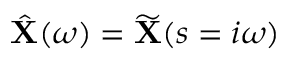
\hat { \mathbf { X } } ( \omega ) = \widetilde { \mathbf { X } } ( s = i \omega )